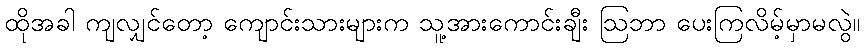
ထိုအခါ ကျလျှင်တော့ ကျောင်းသားများက သူ့အားကောင်းချီး ဩဘာ ပေးကြလိမ့်မှာမလွဲ။